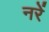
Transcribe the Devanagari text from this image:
नरें